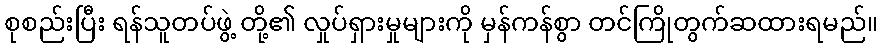
စုစည်းပြီး ရန်သူတပ်ဖွဲ့ တို့၏ လှုပ်ရှားမှုများကို မှန်ကန်စွာ တင်ကြိုတွက်ဆထားရမည်။